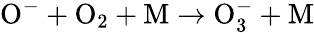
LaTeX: \mathrm{O^{-}+O_{2}+M\to O_{3}^{-}+M}